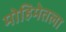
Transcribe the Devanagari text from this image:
मोहिमेतला